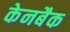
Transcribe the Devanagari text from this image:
केनबैक